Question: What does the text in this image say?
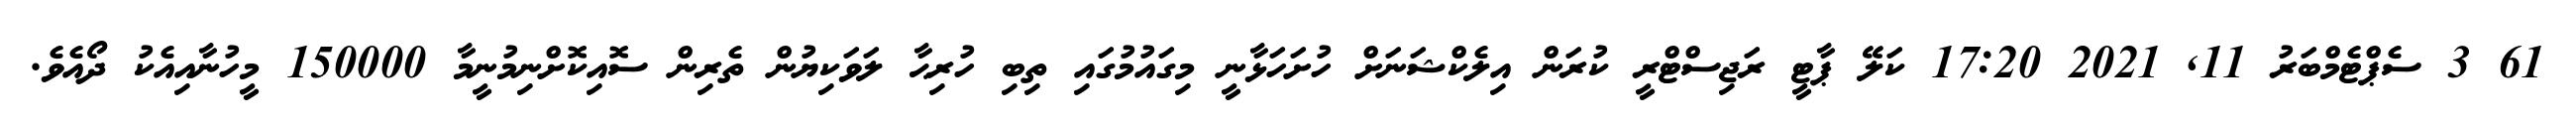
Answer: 61 3 ސެޕްޓެމްބަރު 11, 2021 17:20 ކަލޭ ޕާޓީ ރަޖިސްޓްރީ ކުރަން އިލެކްޝަނަށް ހުށަހަޅާނީ މިގައުމުގައި ތިބި ހުރިޙާ ލަވަކިޔުން ތެރިން ސޮއިކޮށްނިމުނީމާ 150000 މީހުނާއިއެކު ދޯއެވެ.